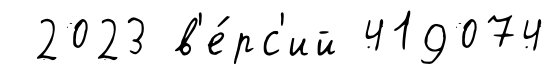
2023 в'е́рс'ий 419074